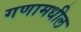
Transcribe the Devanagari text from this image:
गणामधील